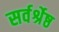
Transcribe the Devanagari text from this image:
सर्वर्श्रेष्ठ